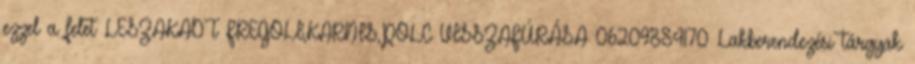
ezzel a felet LESZAKADT FREGOLI,KARNIS,POLC VISSZAFÚRÁSA 06209884170 Lakberendezési tárgyak